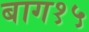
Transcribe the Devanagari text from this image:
बाग१५